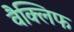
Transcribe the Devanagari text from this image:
वैक्लिफ